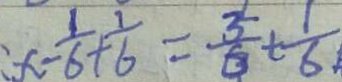
x - \frac { 1 } { 6 } + \frac { 1 } { 6 } = \frac { 3 } { 6 } t \frac { 1 } { 6 }